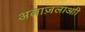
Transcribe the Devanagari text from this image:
अलाज़लाआी